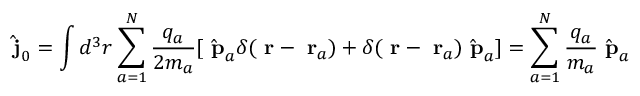
\hat { \mathrm { \bf ~ j } } _ { 0 } = \int d ^ { 3 } r \sum _ { a = 1 } ^ { N } \frac { q _ { a } } { 2 m _ { a } } [ \hat { \mathrm { \bf ~ p } } _ { a } \delta ( \mathrm { \bf ~ r } - \mathrm { \bf ~ r } _ { a } ) + \delta ( \mathrm { \bf ~ r } - \mathrm { \bf ~ r } _ { a } ) \hat { \mathrm { \bf ~ p } } _ { a } ] = \sum _ { a = 1 } ^ { N } \frac { q _ { a } } { m _ { a } } \hat { \mathrm { \bf ~ p } } _ { a }